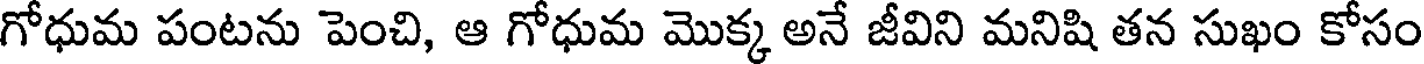
గోధుమ పంటను పెంచి, ఆ గోధుమ మొక్క అనే జీవిని మనిషి తన సుఖం కోసం